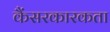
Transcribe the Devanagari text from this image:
कैंसरकारकता